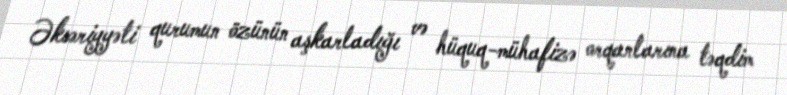
Əksəriyyəti qurumun özünün aşkarladığı və hüquq-mühafizə orqanlarına təqdim